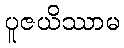
ပူဇယိဿာမ